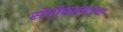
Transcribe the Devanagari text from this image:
सेमीकडंक्टरचा